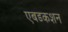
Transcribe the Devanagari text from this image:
एबडकशन